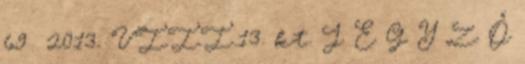
69 2013. VIII.13. kt. J E G Y Z Ő